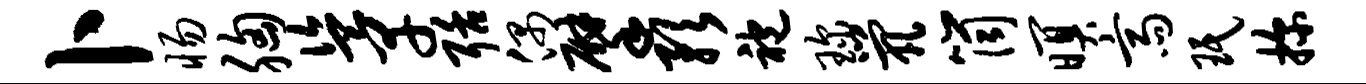
卜惕胸盗早聒偶擘预袍琛茕筒暝斋珉探